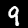
Label: 9